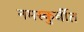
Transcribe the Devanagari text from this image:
नमस्कुर्वीत